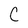
Character: C